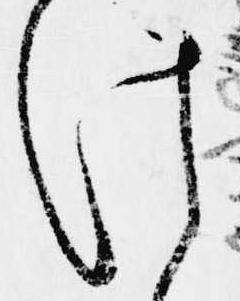
け